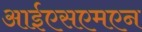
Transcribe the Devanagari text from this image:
आईएसएमएन